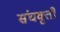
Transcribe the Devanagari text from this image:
संघवृत्ती